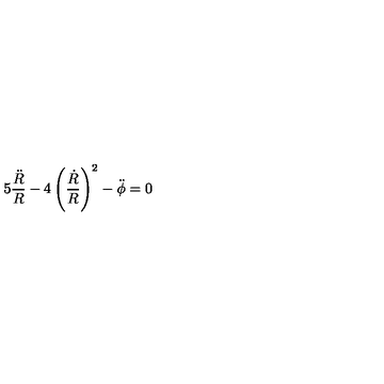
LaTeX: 5 \frac { \ddot { R } } { R } - 4 \left( \frac { \dot { R } } { R } \right) ^ { 2 } - \ddot { \phi } = 0